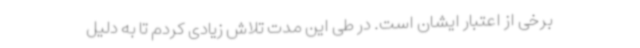
برخی از اعتبار ایشان است. در طی این مدت تلاش زیادی کردم تا به دلیل